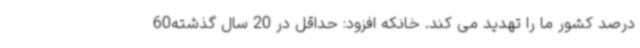
درصد کشور ما را تهدید می کند. خانکه افزود: حداقل در 20 سال گذشته60